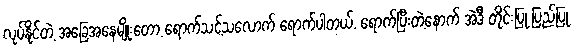
လုပ်နိုင်တဲ့ အခြေအနေမျိုးတော့ ရောက်သင့်သလောက် ရောက်ပါတယ်. ရောက်ပြီးတဲ့နောက် အဲဒီ တိုင်းပြု ပြည်ပြု